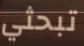
تبحثي